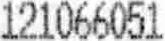
121066051